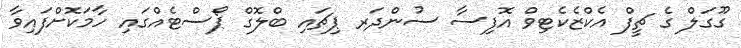
ގޫގަލް ގެ ޗީފް އެކްޒެކެޓިވް އޮފިސާ ސުންދަރ ޕިޗައި ބްލޮގް ޕޯސްޓެއްގައި ހާމަކޮށްފައިވާ